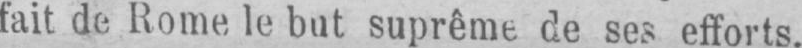
fait de Rome le but suprême de ses efforts.